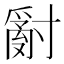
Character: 𱚢